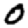
Digit: 0